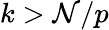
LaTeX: k>\mathcal{N}/p